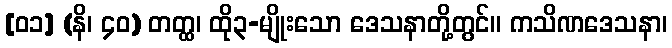
[၀၁] (နိ၊ ၄၀) တတ္ထ၊ ထို၃-မျိုးသော ဒေသနာတို့တွင်။ ကသိဏဒေသနာ၊